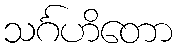
သင်္ဂဟိတော